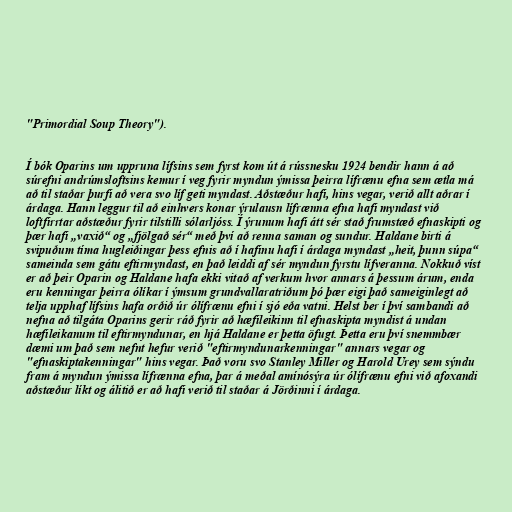
"Primordial Soup Theory").

Í bók Oparins um uppruna lífsins sem fyrst kom út á rússnesku 1924 bendir hann á að
súrefni andrúmsloftsins kemur í veg fyrir myndun ýmissa þeirra lífrænu efna sem ætla má
að til staðar þurfi að vera svo líf geti myndast. Aðstæður hafi, hins vegar, verið allt aðrar í
árdaga. Hann leggur til að einhvers konar ýrulausn lífrænna efna hafi myndast við
loftfirrtar aðstæður fyrir tilstilli sólarljóss. Í ýrunum hafi átt sér stað frumstæð efnaskipti og
þær hafi „vaxið“ og „fjölgað sér“ með því að renna saman og sundur. Haldane birti á
svipuðum tíma hugleiðingar þess efnis að í hafinu hafi í árdaga myndast „heit, þunn súpa“
sameinda sem gátu eftirmyndast, en það leiddi af sér myndun fyrstu lífveranna. Nokkuð víst
er að þeir Oparin og Haldane hafa ekki vitað af verkum hvor annars á þessum árum, enda
eru kenningar þeirra ólíkar í ýmsum grundvallaratriðum þó þær eigi það sameiginlegt að
telja upphaf lífsins hafa orðið úr ólífrænu efni í sjó eða vatni. Helst ber í því sambandi að
nefna að tilgáta Oparins gerir ráð fyrir að hæfileikinn til efnaskipta myndist á undan
hæfileikanum til eftirmyndunar, en hjá Haldane er þetta öfugt. Þetta eru því snemmbær
dæmi um það sem nefnt hefur verið "eftirmyndunarkenningar" annars vegar og
"efnaskiptakenningar" hins vegar. Það voru svo Stanley Miller og Harold Urey sem sýndu
fram á myndun ýmissa lífrænna efna, þar á meðal amínósýra úr ólífrænu efni við afoxandi
aðstæður líkt og álitið er að hafi verið til staðar á Jörðinni í árdaga.